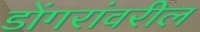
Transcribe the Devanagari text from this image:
डोंगरांवरील